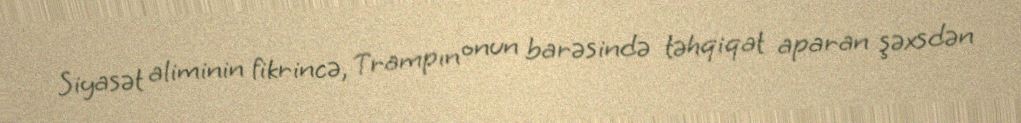
Siyasət aliminin fikrincə, Trampın onun barəsində təhqiqat aparan şəxsdən